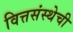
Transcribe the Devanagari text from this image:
वित्तसंस्थेची